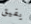
يفيق